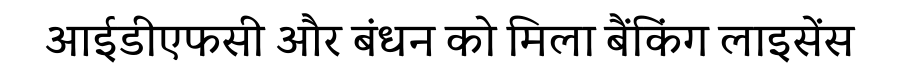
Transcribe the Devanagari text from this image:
आईडीएफसी और बंधन को मिला बैंकिंग लाइसेंस